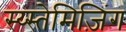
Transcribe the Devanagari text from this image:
स्य्स्तेमिज़िंग